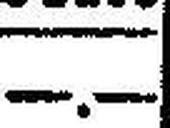
—.—